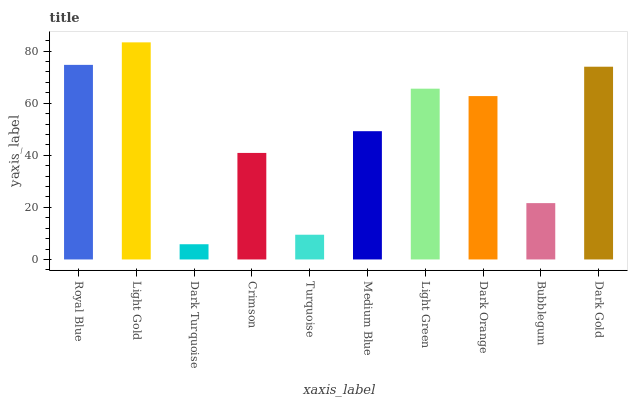
| xaxis_label | bars |
 | --- | --- |
 | Royal Blue | 74.7 |
 | Light Gold | 83.4 |
 | Dark Turquoise | 5.84 |
 | Crimson | 40.9 |
 | Turquoise | 9.5 |
 | Medium Blue | 49.3 |
 | Light Green | 65.6 |
 | Dark Orange | 62.7 |
 | Bubblegum | 21.6 |
 | Dark Gold | 74 |